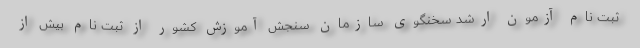
ثبت نام آزمون ارشد سخنگوی سازمان سنجش آموزش کشور از ثبت نام بیش از